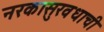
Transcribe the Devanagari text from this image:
नरकासुरवधाची